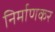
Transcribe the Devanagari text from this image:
निर्माणकर